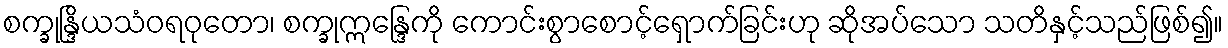
စက္ခုန္ဒြိယသံဝရဝုတော၊ စက္ခုဣန္ဒြေကို ကောင်းစွာစောင့်ရှောက်ခြင်းဟု ဆိုအပ်သော သတိနှင့်သည်ဖြစ်၍။